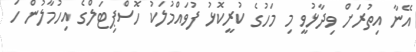
އޭނާ އިތުރަށް ވިދާޅުވީ މި މަހުގެ ކުރީކޮޅު ފުވައްމުލަކު ހޮސްޕިޓަލްގެ އިހުމާލުން ހަ